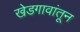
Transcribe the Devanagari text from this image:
खेडगावांतून